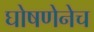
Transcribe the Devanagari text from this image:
घोषणेनेच